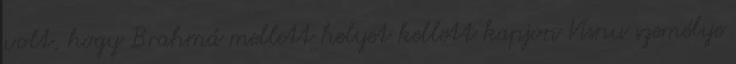
volt, hogy Brahmá mellett helyet kellett kapjon Visnu személye